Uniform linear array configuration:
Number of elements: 48
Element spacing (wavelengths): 0.25
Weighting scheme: blackman
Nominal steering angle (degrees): -15
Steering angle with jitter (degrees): -14.345
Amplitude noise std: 0.05
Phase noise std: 0.05

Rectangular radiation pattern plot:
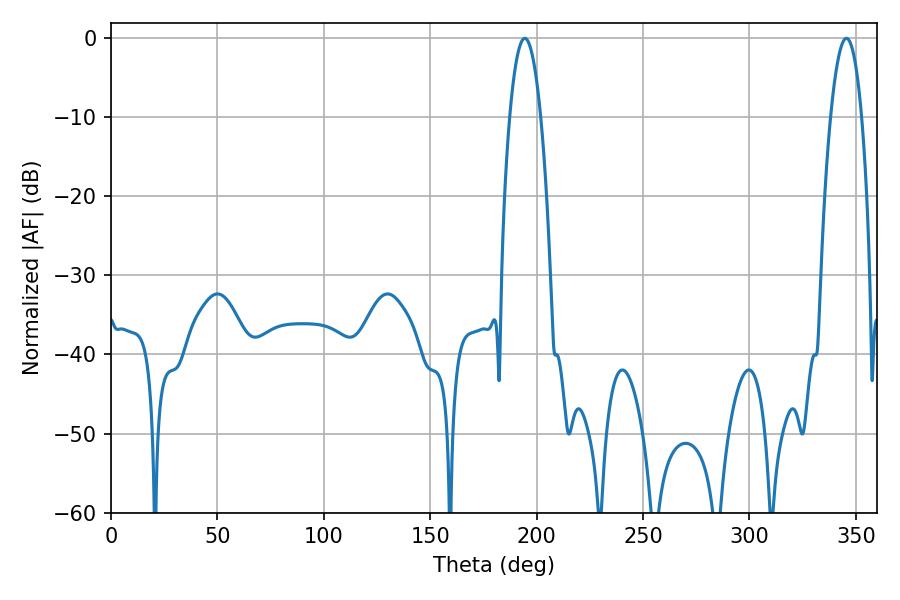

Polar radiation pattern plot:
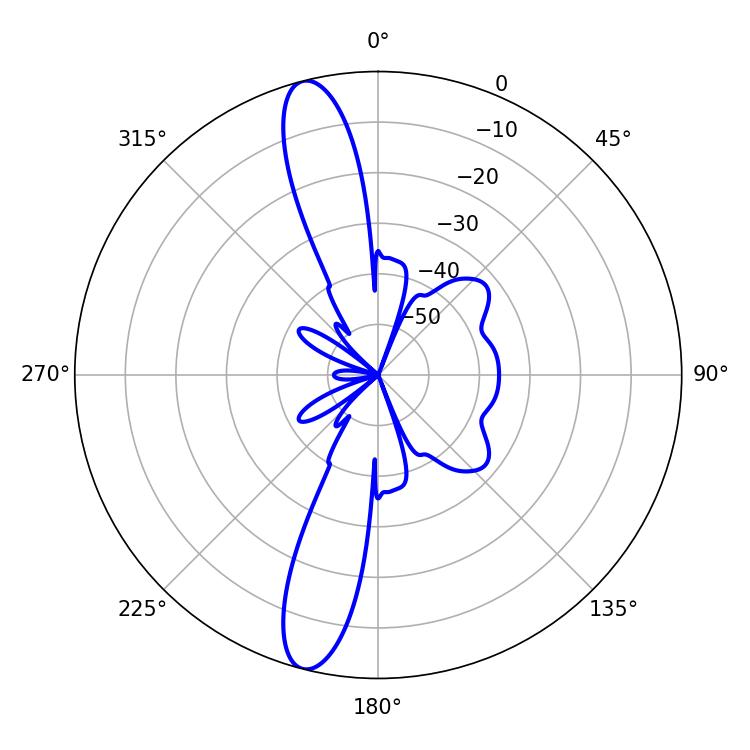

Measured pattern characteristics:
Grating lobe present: FALSE
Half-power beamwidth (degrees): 8.1
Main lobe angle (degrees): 194.4